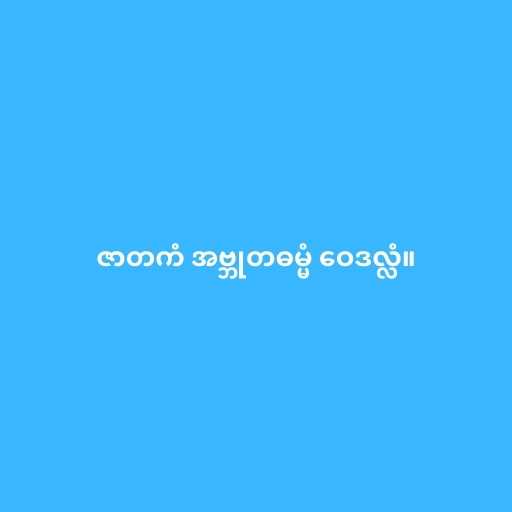
ဇာတကံ အဗ္ဘုတဓမ္မံ ဝေဒလ္လံ။